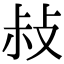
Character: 敊